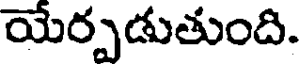
యేర్పడుతుంది.